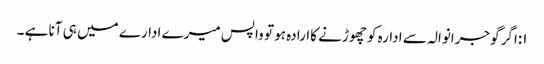
۱:اگر گوجرانوالہ سے ادارہ کو چھوڑنے کاارادہ ہو تو واپس میرے ادارے میں ہی آنا ہے ۔